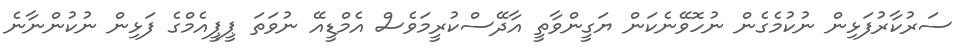
ސަރުކާރުފަޅިން ނުކުމެގެން ނުހޮވޭނެކަން ޔަގީންވާތީ އާދޭސްކުރީމަވެސް އެމްޑީއޭ ނުވަތަ ޕީޕީއެމްގެ ފަޅިން ނުކުންނާނެ